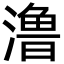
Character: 澛